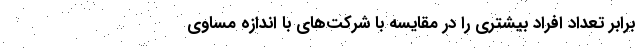
برابر تعداد افراد بیشتری را در مقایسه با شركت‌های با اندازه مساوی